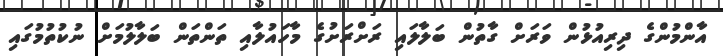
އާންމުންގެ ދިރިއުޅުން ވަރަށް ގާތުން ބަލާލައި ރަށްރަށުގެ މާހައުލާއި ތަންތަން ބަލާލުމަށް ނުކުތުމުގައި